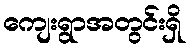
ကျေးရွာအတွင်းရှိ